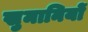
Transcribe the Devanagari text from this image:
खुमानियों